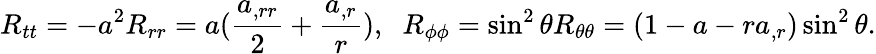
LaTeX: R_{tt}=-a^{2}R_{rr}=a(\frac{a_{,rr}}{2}+\frac{a_{,r}}{r}),\; \; R_{\phi\phi}=\sin^{2}\theta R_{\theta\theta}=(1-a-ra_{,r})\sin^{2}\theta.